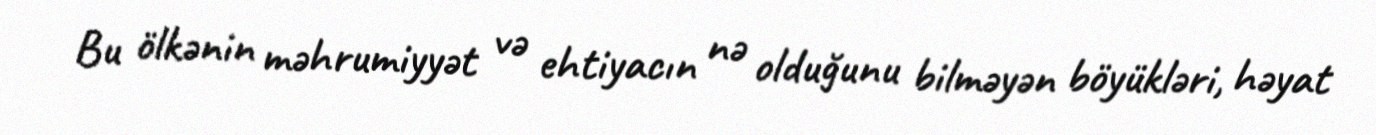
Bu ölkənin məhrumiyyət və ehtiyacın nə olduğunu bilməyən böyükləri, həyat